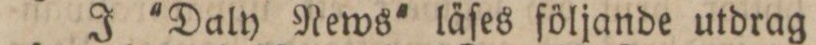
J 'Daly News' läſes följande utdrag